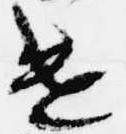
遣